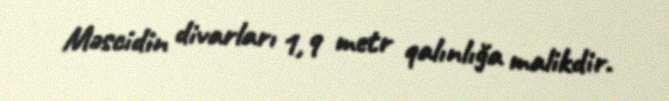
Məscidin divarları 1,9 metr qalınlığa malikdir.